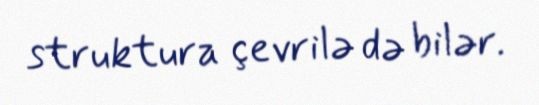
struktura çevrilə də bilər.